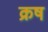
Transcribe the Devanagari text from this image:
क्रष